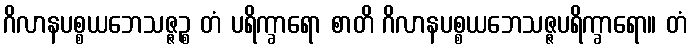
ဂိလာနပစ္စယဘေသဇ္ဇဉ္စ တံ ပရိက္ခာရော စာတိ ဂိလာနပစ္စယဘေသဇ္ဇပရိက္ခာရော။ တံ